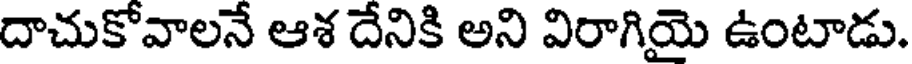
దాచుకోవాలనే ఆశ దేనికి అని విరాగియై ఉంటాడు.